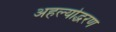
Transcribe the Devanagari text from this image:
अहल्योद्धरण